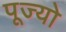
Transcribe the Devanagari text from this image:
पूज्‍यो